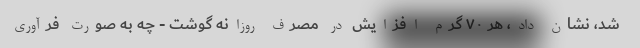
شد، نشان داد، هر ۷۰ گرم افزایش در مصرف روزانه گوشت - چه به صورت فرآوری